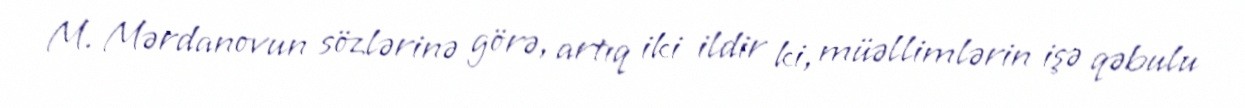
M. Mərdanovun sözlərinə görə, artıq iki ildir ki, müəllimlərin işə qəbulu